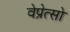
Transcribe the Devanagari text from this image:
वेप्रेत्सो